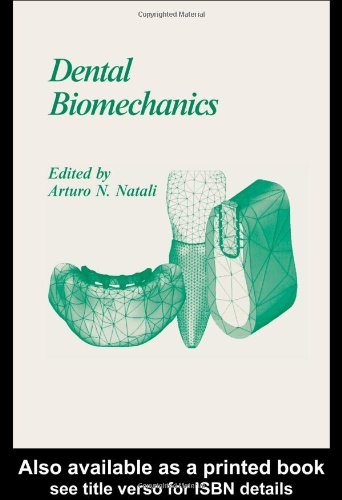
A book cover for Dental Biomechanics; Medical Books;